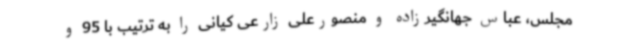
مجلس، عباس جهانگیرزاده و منصورعلی زارعی کیانی را به ترتیب با 95 و